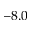
- 8 . 0